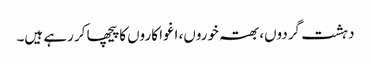
دہشت گردوں، بھتہ خوروں، اغوا کاروں کا پیچھا کر رہے ہیں۔